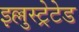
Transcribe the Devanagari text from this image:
इल्लुस्ट्रेटेड